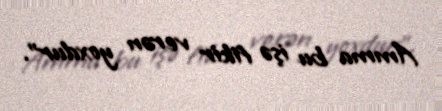
Amma bu işə fikir verən yoxdur”.